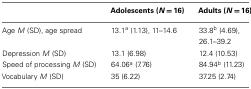
<table><thead><tr><td></td><td><b>Adolescents (<i>N</i> = 16)</b></td><td><b>Adults (<i>N</i> = 16)</b></td></tr></thead><tbody><tr><td>Age <i>M</i> (SD), age spread</td><td>13.1<sup>a</sup> (1.13), 11–14.6</td><td>33.8<sup>b</sup> (4.69), 26.1–39.2</td></tr><tr><td>Depression <i>M</i> (SD)</td><td>13.1 (6.98)</td><td>12.4 (10.53)</td></tr><tr><td>Speed of processing <i>M</i> (SD)</td><td>64.06<sup>a</sup> (7.76)</td><td>84.94<sup>b</sup> (11.23)</td></tr><tr><td>Vocabulary <i>M</i> (SD)</td><td>35 (6.22)</td><td>37.25 (2.74)</td></tr></tbody></table>